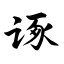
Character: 诼